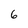
Character: 6